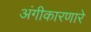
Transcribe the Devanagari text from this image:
अंगीकारणारे